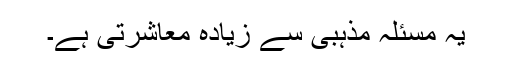
یہ مسئلہ مذہبی سے زیادہ معاشرتی ہے۔